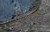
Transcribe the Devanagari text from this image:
तिओबालद